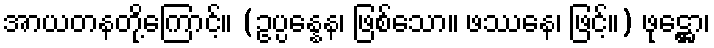
အာယတနတို့ကြောင့်။ (ဥပ္ပန္နေန၊ ဖြစ်သော။ ဖဿေန၊ ဖြင့်။) ဖုဋ္ဌော၊